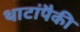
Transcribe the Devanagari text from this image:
थाटांपैकी